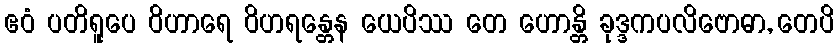
ဧဝံ ပတိရူပေ ဝိဟာရေ ဝိဟရန္တေန ယေပိဿ တေ ဟောန္တိ ခုဒ္ဒကပလိဗောဓာ, တေပိ